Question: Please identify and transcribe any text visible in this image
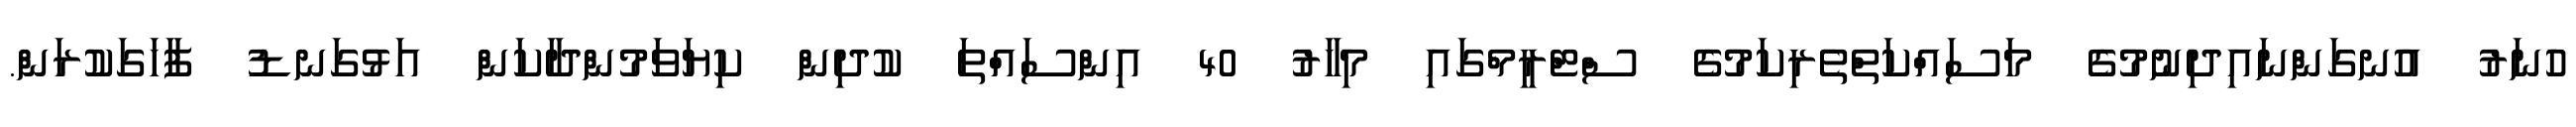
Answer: ހުނަރު އުނގަންނައިދިނުމުގެ މަސައްކަތްތެރިކަމުގެ ސްޓްރީމްގައި މިހާރު 40 އިންސައްތަ ކުދިން ކިޔަވަމުންދާކަން އަޅުގަނޑު ފާހަގަކުރަން.